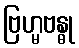
ဗြဟ္မဗန္ဓု